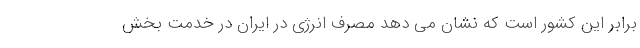
برابر این کشور است که نشان می دهد مصرف انرژی در ایران در خدمت بخش